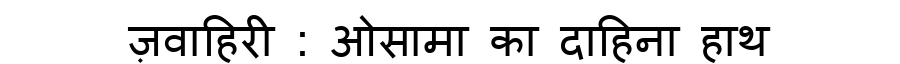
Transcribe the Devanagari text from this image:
ज़वाहिरी : ओसामा का दाहिना हाथ